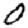
Digit: 0